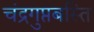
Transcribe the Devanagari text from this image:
चंद्रगुप्तबस्ति